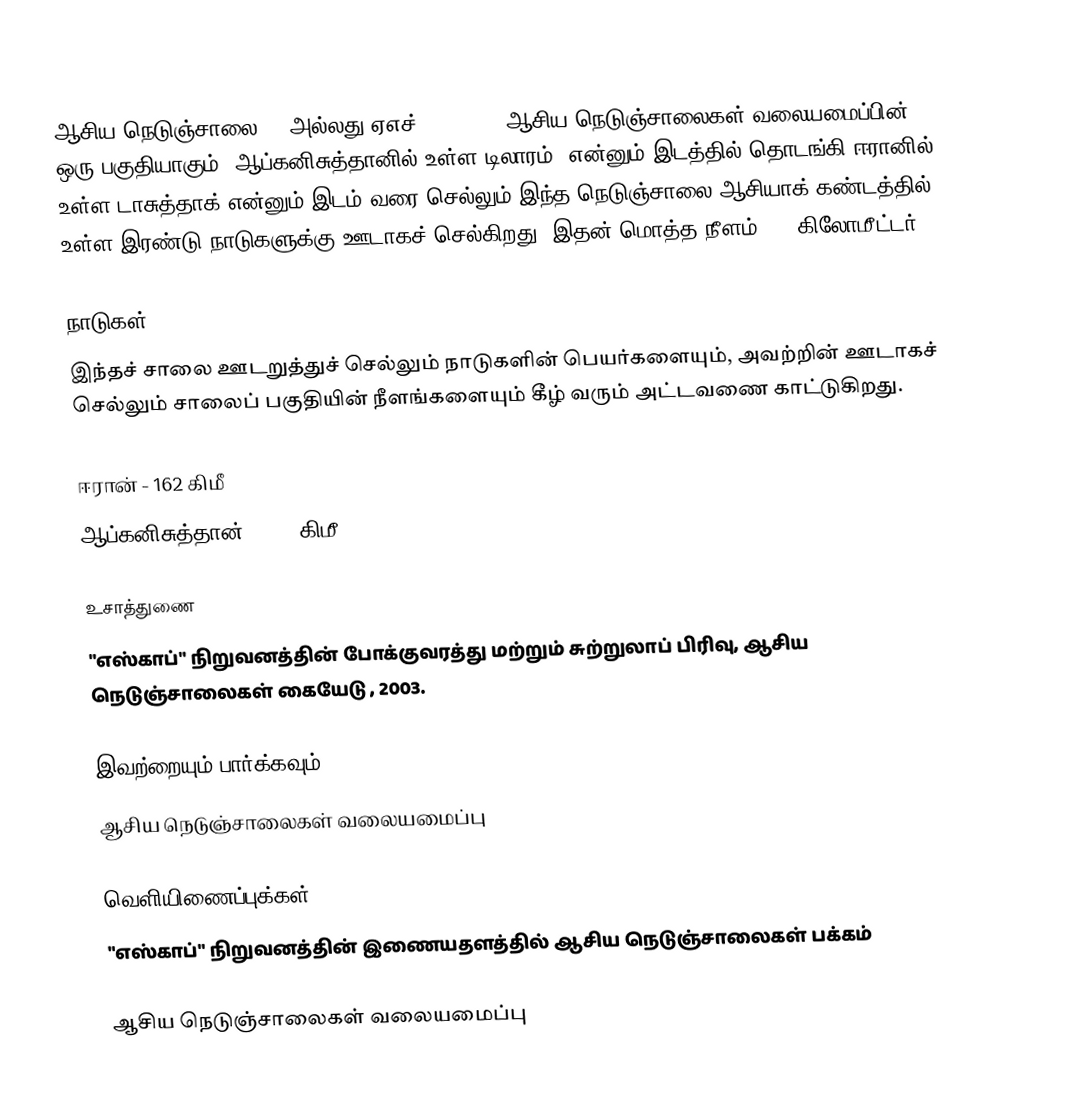
ஆசிய நெடுஞ்சாலை 71 அல்லது ஏஎச்71 (AH71), ஆசிய நெடுஞ்சாலைகள் வலையமைப்பின் ஒரு பகுதியாகும். ஆப்கனிசுத்தானில் உள்ள டிலாரம், என்னும் இடத்தில் தொடங்கி ஈரானில் உள்ள டாசுத்தாக் என்னும் இடம் வரை செல்லும் இந்த நெடுஞ்சாலை ஆசியாக் கண்டத்தில் உள்ள இரண்டு நாடுகளுக்கு ஊடாகச் செல்கிறது. இதன் மொத்த நீளம் 426 கிலோமீட்டர்.

நாடுகள்
இந்தச் சாலை ஊடறுத்துச் செல்லும் நாடுகளின் பெயர்களையும், அவற்றின் ஊடாகச் செல்லும் சாலைப் பகுதியின் நீளங்களையும் கீழ் வரும் அட்டவணை காட்டுகிறது.

 ஈரான் - 162 கிமீ
 ஆப்கனிசுத்தான் - 264 கிமீ

உசாத்துணை
 "எஸ்காப்" நிறுவனத்தின் போக்குவரத்து மற்றும் சுற்றுலாப் பிரிவு, ஆசிய நெடுஞ்சாலைகள் கையேடு , 2003.

இவற்றையும் பார்க்கவும்
 ஆசிய நெடுஞ்சாலைகள் வலையமைப்பு

வெளியிணைப்புக்கள்
 "எஸ்காப்" நிறுவனத்தின் இணையதளத்தில் ஆசிய நெடுஞ்சாலைகள் பக்கம்

 ஆசிய நெடுஞ்சாலைகள் வலையமைப்பு